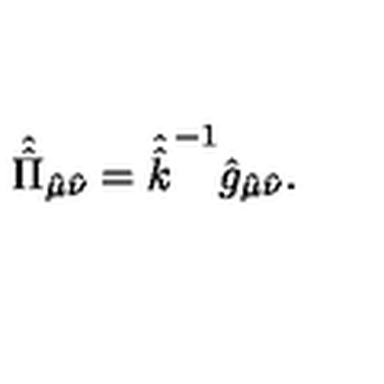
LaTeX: \hat { \hat { \Pi } } _ { \hat { \mu } \hat { \nu } } = \hat { \hat { k } } ^ { - 1 } \hat { g } _ { \hat { \mu } \hat { \nu } } .